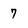
Character: 7